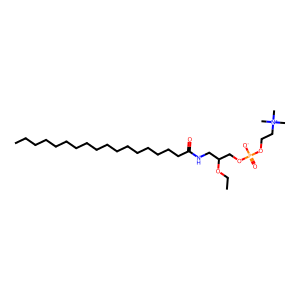
SMILES: CCCCCCCCCCCCCCCCCC(=O)NCC(COP(=O)([O-])OCC[N+](C)(C)C)OCC
Inhibits HIV replication: No